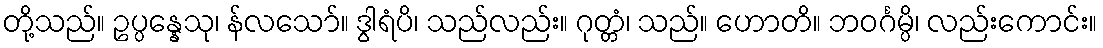
တို့သည်။ ဥပ္ပန္နေသု၊ န်လသော်။ ဒွါရံပိ၊ သည်လည်း။ ဂုတ္တံ၊ သည်။ ဟောတိ။ ဘဝင်္ဂမ္ပိ၊ လည်းကောင်း။